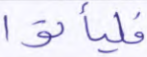
فليأتوا